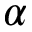
\alpha